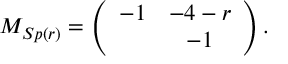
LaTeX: M _ { S p ( r ) } = \left( \begin{array} { c c } { { - 1 } } & { { - 4 - r } } \\ { { } } & { { - 1 } } \end{array} \right) .